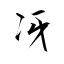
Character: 冴